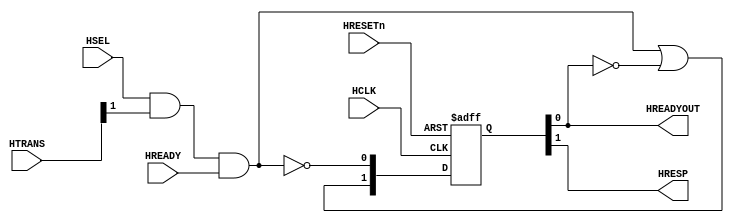
//-----------------------------------------------------------------------------
// The confidential and proprietary information contained in this file may
// only be used by a person authorised under and to the extent permitted
// by a subsisting licensing agreement from ARM Limited.
//
//            (C) COPYRIGHT 2010-2013 ARM Limited.
//                ALL RIGHTS RESERVED
//
// This entire notice must be reproduced on all copies of this file
// and copies of this file may only be made by a person if such person is
// permitted to do so under the terms of a subsisting license agreement
// from ARM Limited.
//
//      SVN Information
//
//      Checked In          : $Date: 2013-01-14 16:53:05 +0000 (Mon, 14 Jan 2013) $
//
//      Revision            : $Revision: 233581 $
//
//      Release Information : Cortex-M System Design Kit-r1p0-00rel0
//
//-----------------------------------------------------------------------------
//-----------------------------------------------------------------------------
// Abstract : AHB-Lite Default Slave
//-----------------------------------------------------------------------------
//
// Returns an error response when selected for a transfer
//

module cmsdk_ahb_default_slave (
  // Inputs
 input  wire       HCLK,      // Clock
 input  wire       HRESETn,   // Reset
 input  wire       HSEL,      // Slave select
 input  wire [1:0] HTRANS,    // Transfer type
 input  wire       HREADY,    // System ready

  // Outputs
 output wire       HREADYOUT, // Slave ready
 output wire       HRESP);    // Slave response

//
// Start of main code
//

// Internal signals
wire         trans_req;  // Transfer Request
reg    [1:0] resp_state; // Current FSM state for two-cycle error response
wire   [1:0] next_state; // Next FSM state

// Transfer address phase completes
assign trans_req = HSEL & HTRANS[1] & HREADY;

// Generate next state for the FSM.
// Bit 0 is connected to HREADYOUT and bit 1 is connected to HRESP,
// so the state encodings are:
//   01 - Idle
//   10 - 1st cycle of error response
//   11 - 2nd cycle of error response
assign next_state = { trans_req | (~resp_state[0]),
                      ~trans_req };

// Registering FSM state
always @(posedge HCLK or negedge HRESETn)
  if (~HRESETn)
    resp_state <= 2'b01; // ensure HREADYOUT is HIGH at reset
  else
    resp_state <= next_state;

// Connect to output
assign HREADYOUT = resp_state[0];
assign HRESP     = resp_state[1];

`ifdef ARM_AHB_ASSERT_ON

   // ------------------------------------------------------------
   // Assertions
   // ------------------------------------------------------------
  `include "std_ovl_defines.h"
  reg        ovl_last_hreadyout;
  reg        ovl_last_hsel;
  reg  [1:0] ovl_last_htrans;
  reg        ovl_last_hready;

  always @(posedge HCLK or negedge HRESETn)
  begin
  if (~HRESETn)
    begin
    ovl_last_hreadyout <= 1'b1;
    ovl_last_hsel      <= 1'b0;
    ovl_last_htrans    <= 2'b00;
    ovl_last_hready    <= 1'b1;
    end
  else
    begin
    ovl_last_hreadyout <= HREADYOUT;
    ovl_last_hsel      <= HSEL;
    ovl_last_htrans    <= HTRANS;
    ovl_last_hready    <= HREADY;
    end
  end

   assert_implication
     #(`OVL_ERROR,`OVL_ASSERT,
       "If HREADYOUT is 0, HRESP must be high")
   u_ovl_error_response_check_1
     (.clk(HCLK), .reset_n(HRESETn),
      .antecedent_expr(~HREADYOUT),
      .consequent_expr(HRESP)
      );

   assert_implication
     #(`OVL_ERROR,`OVL_ASSERT,
       "If in last cycle HREADYOUT is 0, this cycle both HRESP and HREADYOUT")
   u_ovl_error_response_check_2
     (.clk(HCLK), .reset_n(HRESETn),
      .antecedent_expr(~ovl_last_hreadyout),
      .consequent_expr(HRESP & HREADYOUT)
      );

   assert_implication
     #(`OVL_ERROR,`OVL_ASSERT,
       "If device is not selected, or if transfer is idle/busy, response must be OKAY")
   u_ovl_error_fault_check_1
     (.clk(HCLK), .reset_n(HRESETn),
      .antecedent_expr(~(ovl_last_hsel & ovl_last_htrans[1]) & ovl_last_hready),
      .consequent_expr((~HRESP) & HREADYOUT)
      );

   assert_implication
     #(`OVL_ERROR,`OVL_ASSERT,
       "If device is selected, and if transfer is nseq/seq, response must be ERROR")
   u_ovl_error_fault_check_2
     (.clk(HCLK), .reset_n(HRESETn),
      .antecedent_expr(ovl_last_hsel & ovl_last_htrans[1] & ovl_last_hready),
      .consequent_expr(HRESP & (~HREADYOUT))
      );

`endif

endmodule